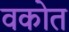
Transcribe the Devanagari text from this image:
वकोत